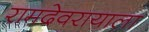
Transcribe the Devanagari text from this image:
रामदेवरायाला